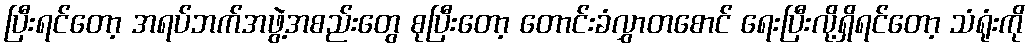
ပြီးရင်တော့ အရပ်ဘက်အဖွဲ့အစည်းတွေ စုပြီးတော့ တောင်းခံလွှာတစောင် ရေးပြီးလို့ရှိရင်တော့ သံရုံးကို